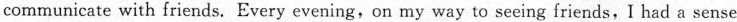
communicate with friends. Every evening,on my way to seeing friends,I had a sense